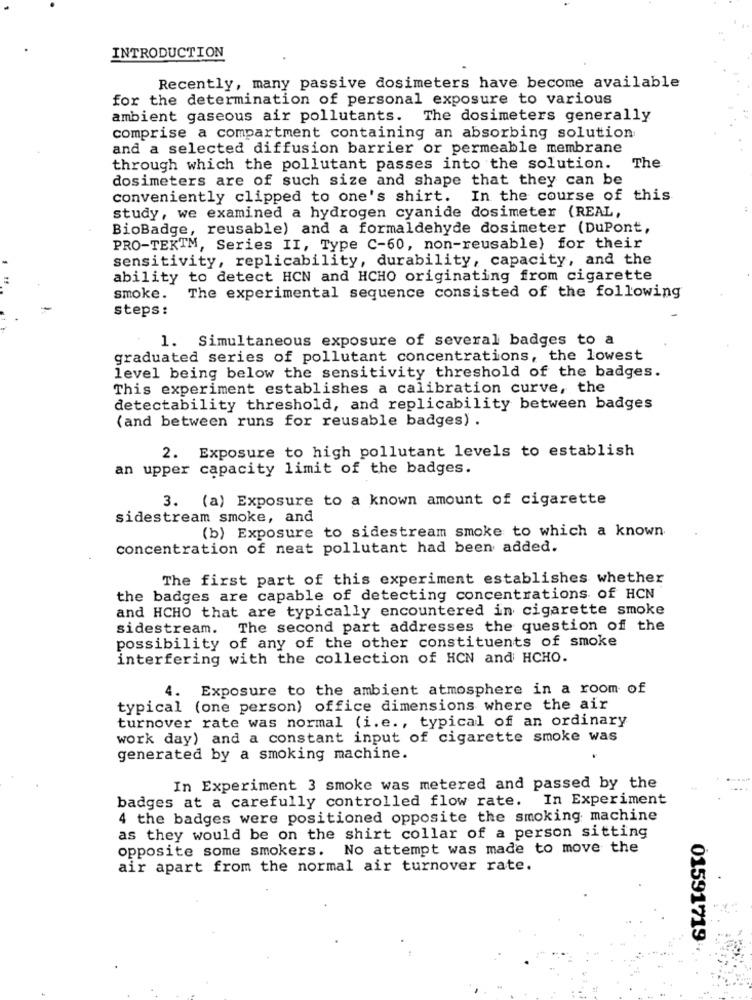
INTRODUCTION
Recently, many passive dosimeters have become available
for the determination of personal exposure to various
ambient gaseous air pollutants. The dosimeters generally
comprise a compartment containing an absorbing solution
and a selected diffusion barrier or permeable membrane
through which the pollutant passes into the solution.
The
dosimeters are of such size and shape that they can be
conveniently clipped to one's shirt.
In the course of this
study, we examined a hydrogen cyanide dosimeter (REAL,
BioBadge, reusable) and a formaldehyde dosimeter (DuPont,
PRO-TEKTM, Series II, Type C-60, non-reusable) for their
sensitivity, replicability, durability, capacity, and the
ability to detect HCN and HCHO originating from cigarette
smoke.
The experimental sequence consisted of the following
steps :
1. Simultaneous exposure of several badges to a
graduated series of pollutant concentrations, the lowest
level being below the sensitivity threshold of the badges.
This experiment establishes a calibration curve, the
detectability threshold, and replicability between badges
(and between runs for reusable badges) .
2. Exposure to high pollutant levels to establish
an upper capacity limit of the badges.
3. (a) Exposure to a known amount of cigarette
sidestream smoke, and
(b) Exposure to sidestream smoke to which a known
concentration of neat pollutant had been added.
The first part of this experiment establishes whether
the badges are capable of detecting concentrations of HCN
and HCHO that are typically encountered in cigarette smoke
sidestream.
The second part addresses the question of the
possibility of any of the other constituents of smoke
interfering with the collection of HCN and HCHO.
4. Exposure to the ambient atmosphere in a room of
typical (one person) office dimensions where the air
turnover rate was normal (i.e ., typical of an ordinary
work day) and a constant input of cigarette smoke was
generated by a smoking machine.
In Experiment 3 smoke was metered and passed by the
badges at a carefully controlled flow rate.
In Experiment
4 the badges were positioned opposite the smoking machine
as they would be on the shirt collar of a person sitting
opposite some smokers. No attempt was made to move the
air apart from the normal air turnover rate.
01591719